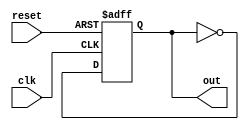
module async_reset_block (
    input wire clk,      // Clock signal
    input wire reset,    // Asynchronous reset signal
    output reg out       // Output signal
);

// Define the reset value
parameter RESET_VALUE = 1'b0;

always @(posedge clk or posedge reset) begin
    if (reset) begin
        // Asynchronous reset: set output to reset value
        out <= RESET_VALUE;
    end else begin
        // Normal operation: update output based on other logic
        // Here you can define the logic for updating 'out'
        // For example, let's just toggle 'out' for demonstration:
        out <= ~out; // This is just an example; replace with your logic
    end
end

endmodule